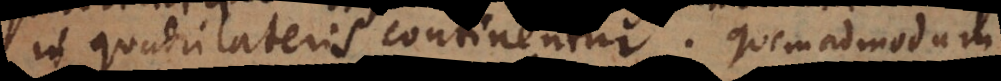
in quadrilateris continentur. Quemadmodum